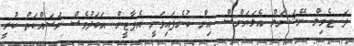
ދަ ޓެމިލް ނޭޝަނަލް އެލަޔަންސް އިން ބުނެފައިވަނީ އެޕާޓީން އަބަދުވެސް މަސައްކަތް ކުރީ